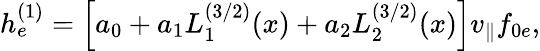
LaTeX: \begin{array}{r}{h_{e}^{(1)}=\left[a_{0}+a_{1}L_{1}^{(3/2)}(x)+a_{2}L_{2}^{(3/2)}(x)\right]v_{\parallel}f_{0e},}\end{array}